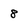
Character: 8